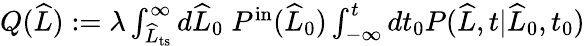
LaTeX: \begin{array}{r}{Q(\widehat{L}):=\lambda\int_{\widehat{L}_{\mathrm{ts}}}^{\infty}d\widehat{L}_{0}\; P^{\mathrm{in}}(\widehat{L}_{0})\int_{-\infty}^{t}dt_{0}P(\widehat{L},t|\widehat{L}_{0},t_{0})}\end{array}